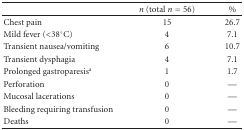
|  | n (total n = 56) | % |
 | --- | --- | --- |
 | Chest pain | 15 | 26.7 |
 | Mild fever (<38°C) | 4 | 7.1 |
 | Transient nausea/vomiting | 6 | 10.7 |
 | Transient dysphagia | 4 | 7.1 |
 | Prolonged gastroparesisa | 1 | 1.7 |
 | Perforation | 0 | — |
 | Mucosal lacerations | 0 | — |
 | Bleeding requiring transfusion | 0 | — |
 | Deaths | 0 | — |